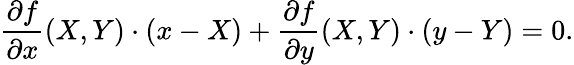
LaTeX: {\frac{\partial f}{\partial x}}(X,Y)\cdot(x-X)+{\frac{\partial f}{\partial y}}(X,Y)\cdot(y-Y)=0.